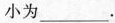
B小为___.